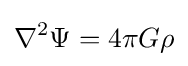
\nabla ^{2}\Psi =4\pi G\rho